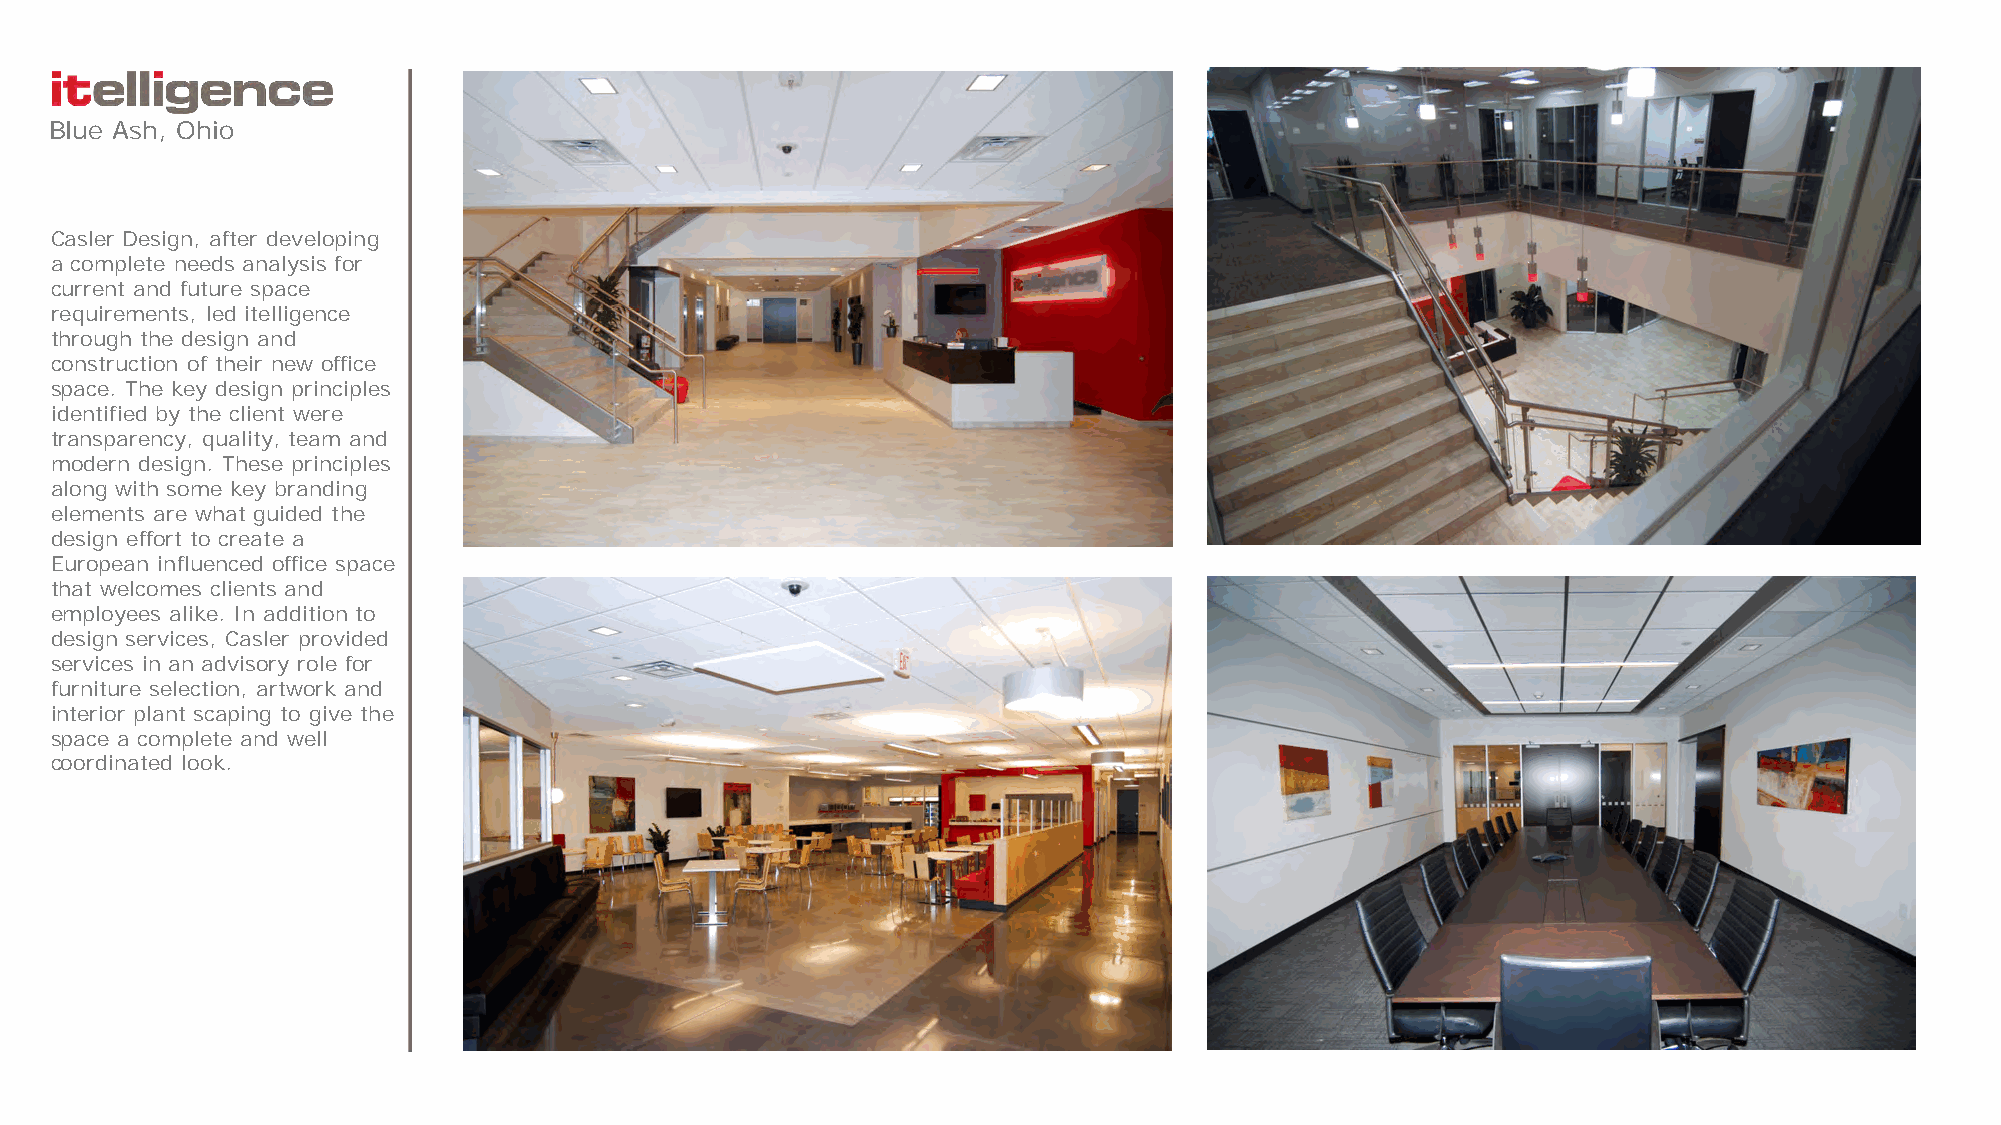
Blue Ash, Ohio
 Casler Design, after developing
 a complete needs analysis for
 current and future space
 requirements, led itelligence
 through the design and
 construction of their new office
 space. The key design principles
 identified by the client were
 transparency, quality, team and
 modern design. These principles
 along with some key branding
 elements are what guided the
 design effort to create a
 European influenced office space
 that welcomes clients and
 employees alike. In addition to
 design services, Casler provided
 services in an advisory role for
 furniture selection, artwork and
 interior plant scaping to give the
 space a complete and well
 coordinated look.